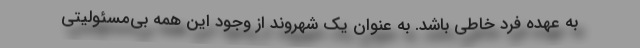
به عهده فرد خاطی باشد. به عنوان یک شهروند از وجود این همه بی‌مسئولیتی